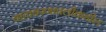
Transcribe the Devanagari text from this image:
वातावरणापलीकडील